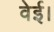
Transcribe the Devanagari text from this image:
वेई।